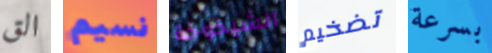
الق نسيم الشيخوخة تضخيم بسرعة